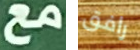
مع رافق